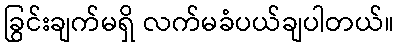
ခြွင်းချက်မရှိ လက်မခံပယ်ချပါတယ်။